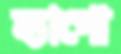
হ্যাগো